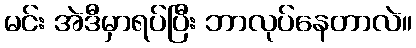
မင်း အဲဒီမှာရပ်ပြီး ဘာလုပ်နေတာလဲ။